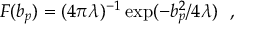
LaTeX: F ( b _ { p } ) = ( 4 \pi \lambda ) ^ { - 1 } \exp ( - b _ { p } ^ { 2 } / 4 \lambda ) \ \ ,